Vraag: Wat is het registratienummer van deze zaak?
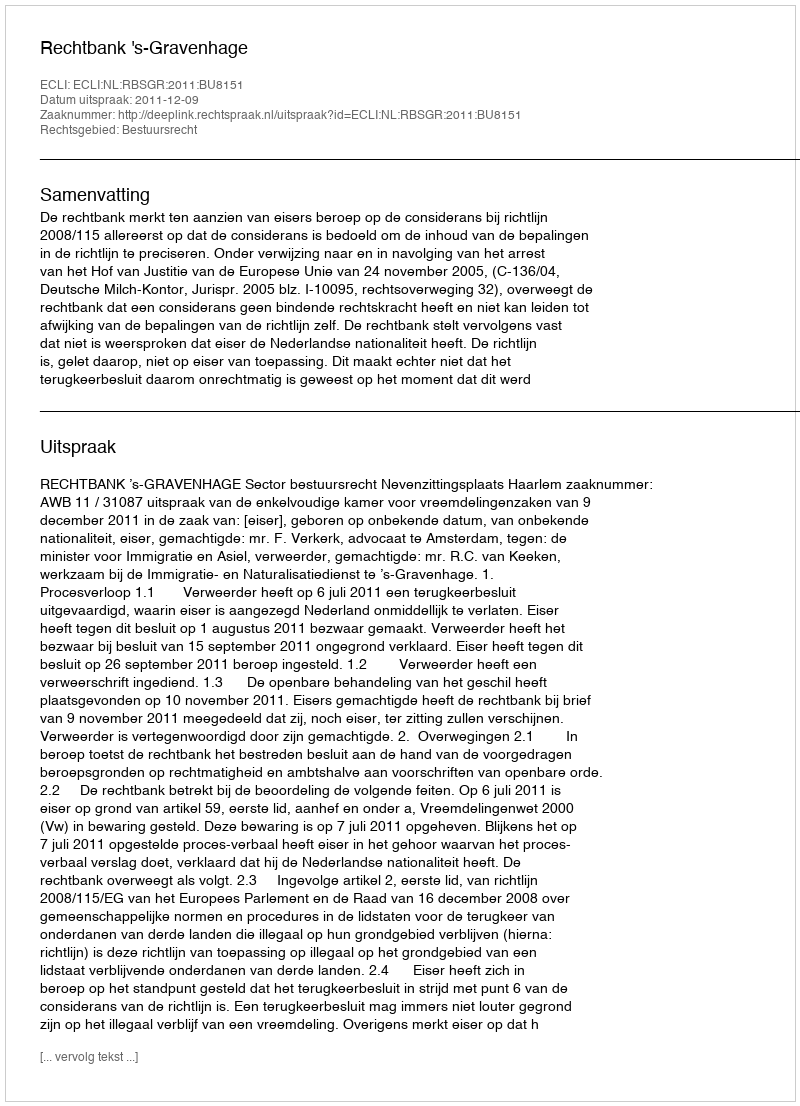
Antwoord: http://deeplink.rechtspraak.nl/uitspraak?id=ECLI:NL:RBSGR:2011:BU8151